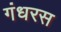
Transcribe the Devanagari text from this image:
गंधरस